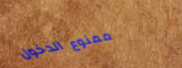
ممنوع الدخول